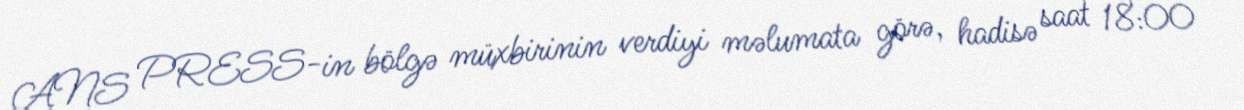
ANS PRESS-in bölgə müxbirinin verdiyi məlumata görə, hadisə saat 18:00